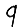
Digit: 9